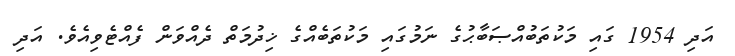
އަދި 1954 ގައި މަކުތަބުއްޞަބާޙުގެ ނަމުގައި މަކުތަބެއްގެ ޚިދުމަތް ދެއްވަން ފެއްޓެވިއެވެ. އަދި